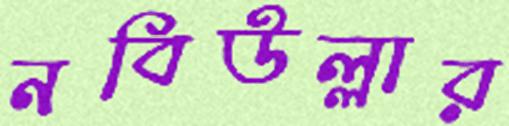
নবিউল্লার